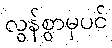
လွန်စွာမှပင်